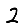
Digit: 2